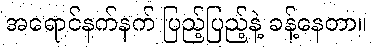
အရောင်နက်နက် ပြည့်ပြည့်နဲ့ ခန့်နေတာ။